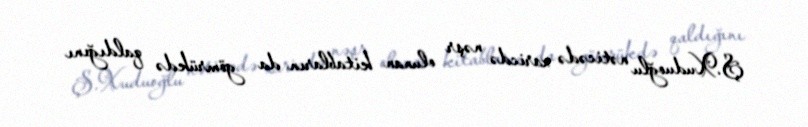
Ş.Xuduoğlu nəticədə xaricdə nəşr olunan kitabların da gömrükdə qaldığını